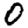
Digit: 0